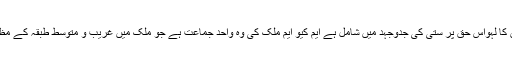
قائد تحریک کے بھائی ، بھتیجے اور سترہ ہزار سے زیادہ کارکنان کا لہواس حق پر ستی کی جدوجہد میں شامل ہے ایم کیو ایم ملک کی وہ واحد جماعت ہے جو ملک میں غریب و متوسط طبقہ کے مظلوم عوام کے حقوق کے حصول کیلئے عملی جدوجہد کر رہی ہے ۔